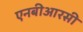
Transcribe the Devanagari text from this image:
एनबीआरसी